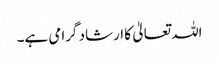
اللہ تعالیٰ کا ارشاد گرامی ہے۔